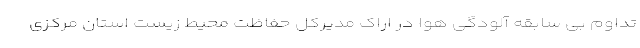
تداوم بی سابقه آلودگی هوا در اراک مدیرکل حفاظت محیط زیست استان مرکزی